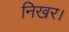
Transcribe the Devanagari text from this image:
निखर।